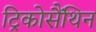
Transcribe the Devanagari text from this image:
ट्रिकोसैंथिन